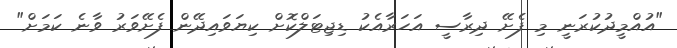
"އުއްމީދުކުރަނީ މި ފެށޭ ދިރާސީ އަހަރާއެކު ޑިޖިޓަލްކޮށް ކިޔަވައިދޭން ފެށޭވަރު ވާނެ ކަމަށް"